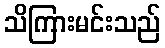
သိကြားမင်းသည်